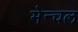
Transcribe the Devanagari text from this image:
मेन्चल